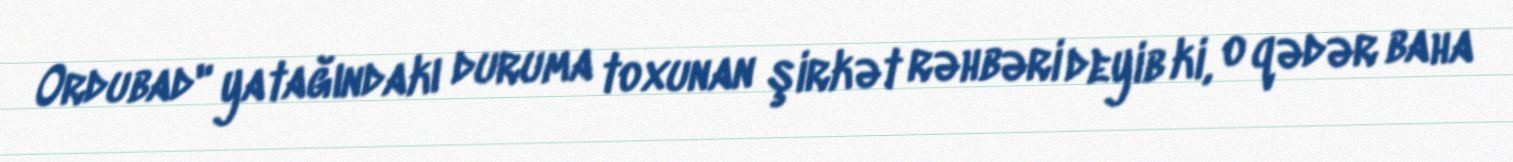
Ordubad" yatağındakı duruma toxunan şirkət rəhbəri deyib ki, o qədər baha